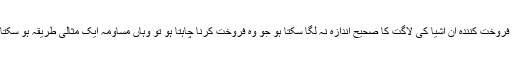
جہاں فروخت کنندہ ان اشیا کی لاگت کا صحیح اندازہ نہ لگا سکتا ہو جو وہ فروخت کرنا چاہتا ہو تو وہاں مساومہ ایک مثالی طریقہ ہو سکتا ہے ۔